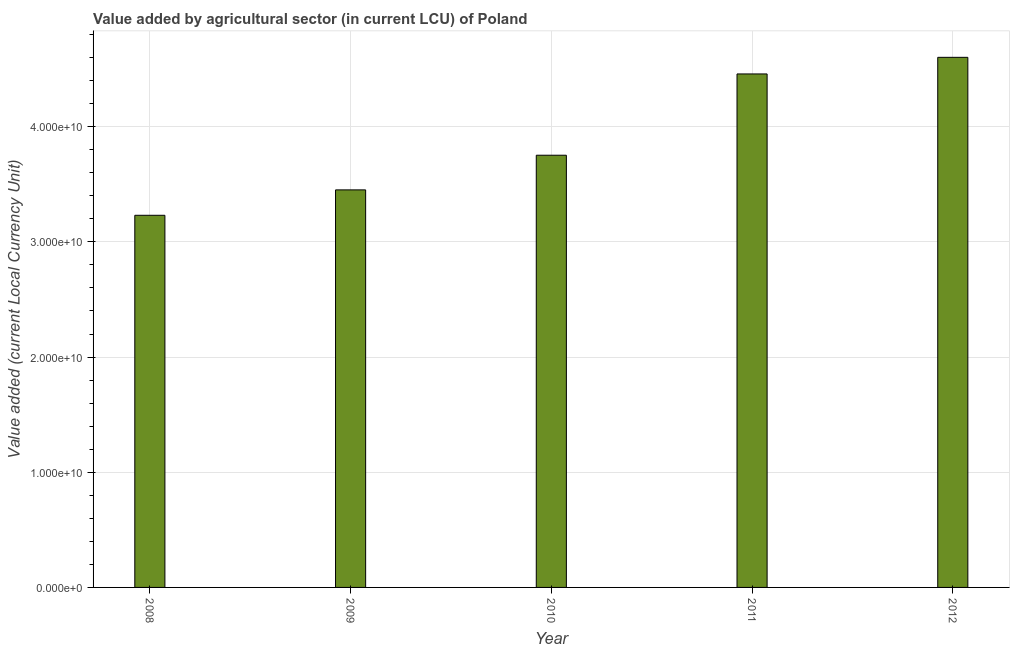
| Year | Agriculture |
 | --- | --- |
 | 2008 | 3.23e+10 |
 | 2009 | 3.45e+10 |
 | 2010 | 3.75e+10 |
 | 2011 | 4.46e+10 |
 | 2012 | 4.6e+10 |